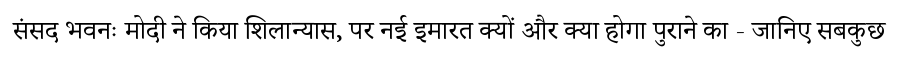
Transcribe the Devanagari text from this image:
संसद भवनः मोदी ने किया शिलान्यास, पर नई इमारत क्यों और क्या होगा पुराने का - जानिए सबकुछ